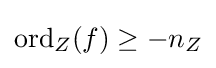
\operatorname {ord} _{Z}(f)\geq -n_{Z}